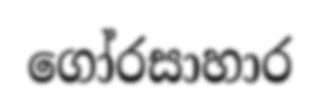
ගෝරසාහාර